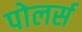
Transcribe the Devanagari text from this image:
पोलर्स